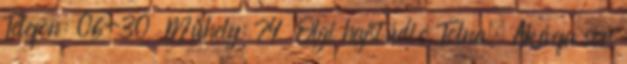
Telefon: 06-30 Mûhely: 74 Olgi hajstúdió Tolna, Akácfa sor